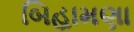
બિહામણા